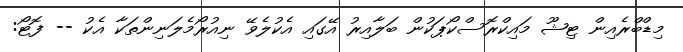
މިޑްބްރެއިން ޓިޝޫ މައިކްރޮސްކޯޕަކުން ބަލާއިރު އޭގައި އެކުލެވޭ ނިއުރޯމެލަނިންތަކާ އެކު -- ފޮޓޯ: